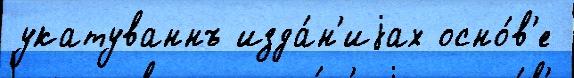
укатуваннъ изда́н'иjах осно́в'е